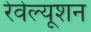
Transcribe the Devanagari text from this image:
रेवेल्यूशन